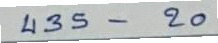
435 - 20